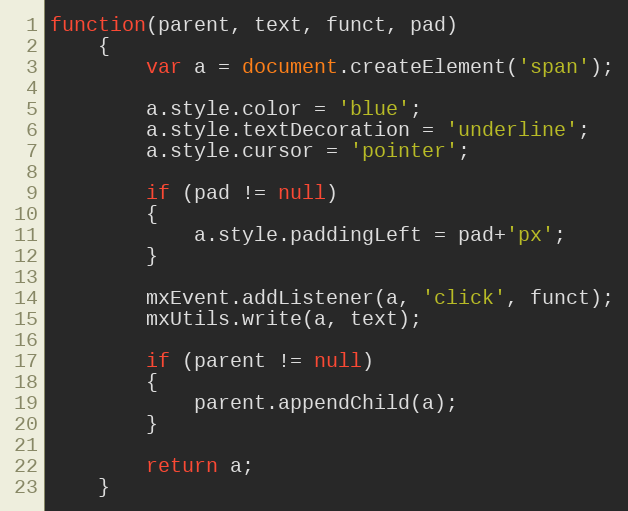
Language: JavaScript
function(parent, text, funct, pad)
	{
		var a = document.createElement('span');

		a.style.color = 'blue';
		a.style.textDecoration = 'underline';
		a.style.cursor = 'pointer';

		if (pad != null)
		{
			a.style.paddingLeft = pad+'px';
		}

		mxEvent.addListener(a, 'click', funct);
		mxUtils.write(a, text);

		if (parent != null)
		{
			parent.appendChild(a);
		}

		return a;
	}